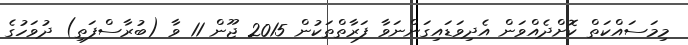
މިމަސައްކަތް ކޮށްދެއްވަން އެދިވަޑައިގަންނަވާ ފަރާތްތަކުން 2015 ޖޫން 11 ވާ (ބުރާސްފަތި) ދުވަހުގެ